Newspaper: Alexandria gazette. [volume]
Place of publication: Alexandria, D.C.
Publisher: Edgar Snowden
Date: 1875-01-08 00:00:00
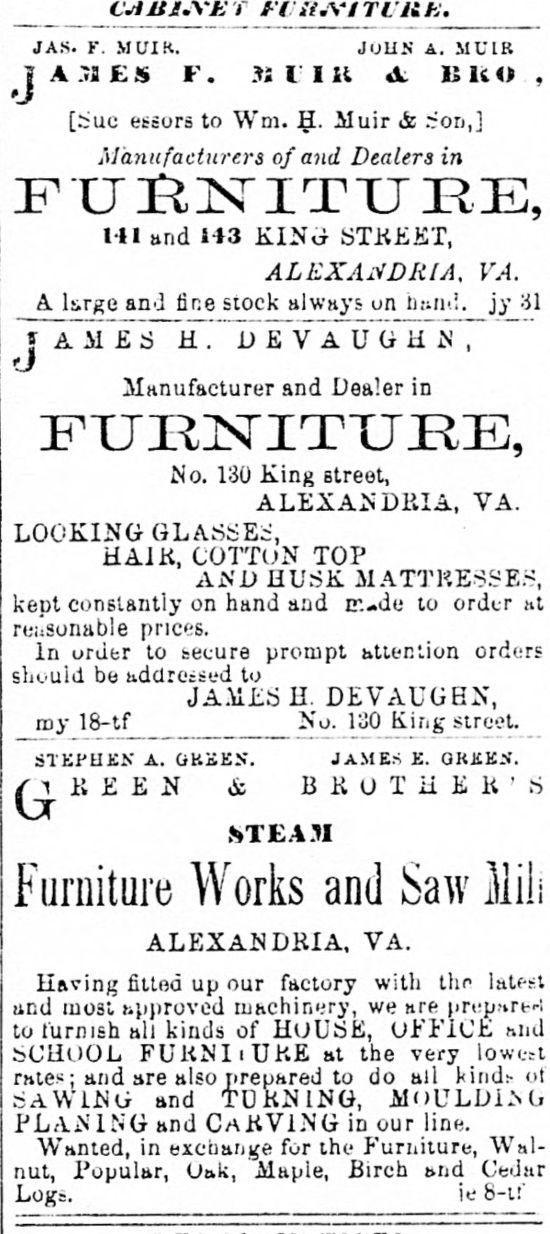
Advertisement text (OCR):
. J AS. F. M l/I K. JOHN a. MUlR j A.T1ES F. Ji lift A 11 U O , [Sue essors to Wm. H. Muir & .ron,] Manufacturers of and Dealers in HI and 143 KING STREET, ALEXANDRIA, VA. A large and line stock always on hand. _jy_31 JAMES H. DEVAUGHiN, 'J Manufacturer and Dealer in FUIlaSriTTJEE, No. 130 King street, ALEXANDRIA, VA. LOOKING GLASSES, HAIR, COTTON TOP AND HUSK MATTRESSES, kept constantly on hand and ir.-de to order at reasonable prices. In order to tecure prompt attention orders she-uid be addressed to _ _ JAMES H. DEVAUGBN, my 18-tf No. 130 King street. STEPHEN A. GHEES. JAMES E. GKKE>\ KEEN & B R O T H E R ' STEAM Works and Saw Mil; ALEXANDRIA, VA. Having fitted up our factory with the latent and most approved machinery, we are priori--! to furnish all kinds of HOUSE, OfcjbiCE bCHOOL FUKNIiUKE at the very rates; and are also prepared to do all Mud:- ot SAWING and TUKNING, PLANING and CaKVING in our line. Wanted, in exchange fur the Furniture, \\ ?1 nut, Popular, Oak, Mapie, Birch and Logs. '?-* S-tf
Label: text-only